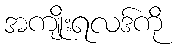
အကျိုးရလဒ်ကို